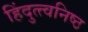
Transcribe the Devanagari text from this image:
हिंदुत्त्वनिष्ठ